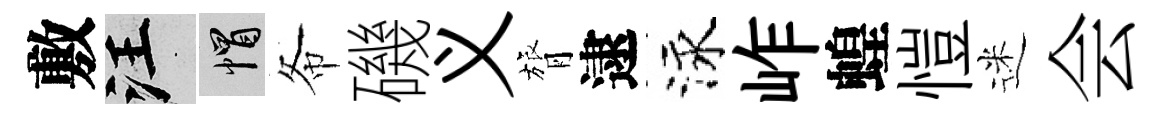
敷汪帽𢁙磯义膂逮泳岞蝗愷迷会